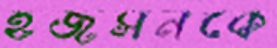
হজসনকে